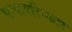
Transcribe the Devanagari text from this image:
भाषापरिष्कार